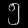
Digit: ၅